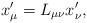
LaTeX: \begin{align*}x_\mu ^{\prime }=L_{\mu \nu }x_\nu ^{\prime } , \end{align*}